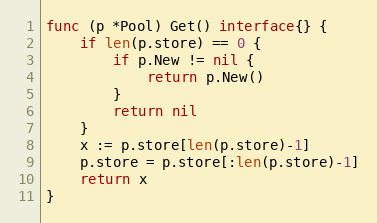
Language: Go
func (p *Pool) Get() interface{} {
	if len(p.store) == 0 {
		if p.New != nil {
			return p.New()
		}
		return nil
	}
	x := p.store[len(p.store)-1]
	p.store = p.store[:len(p.store)-1]
	return x
}